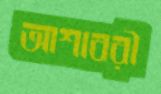
আশাবরী